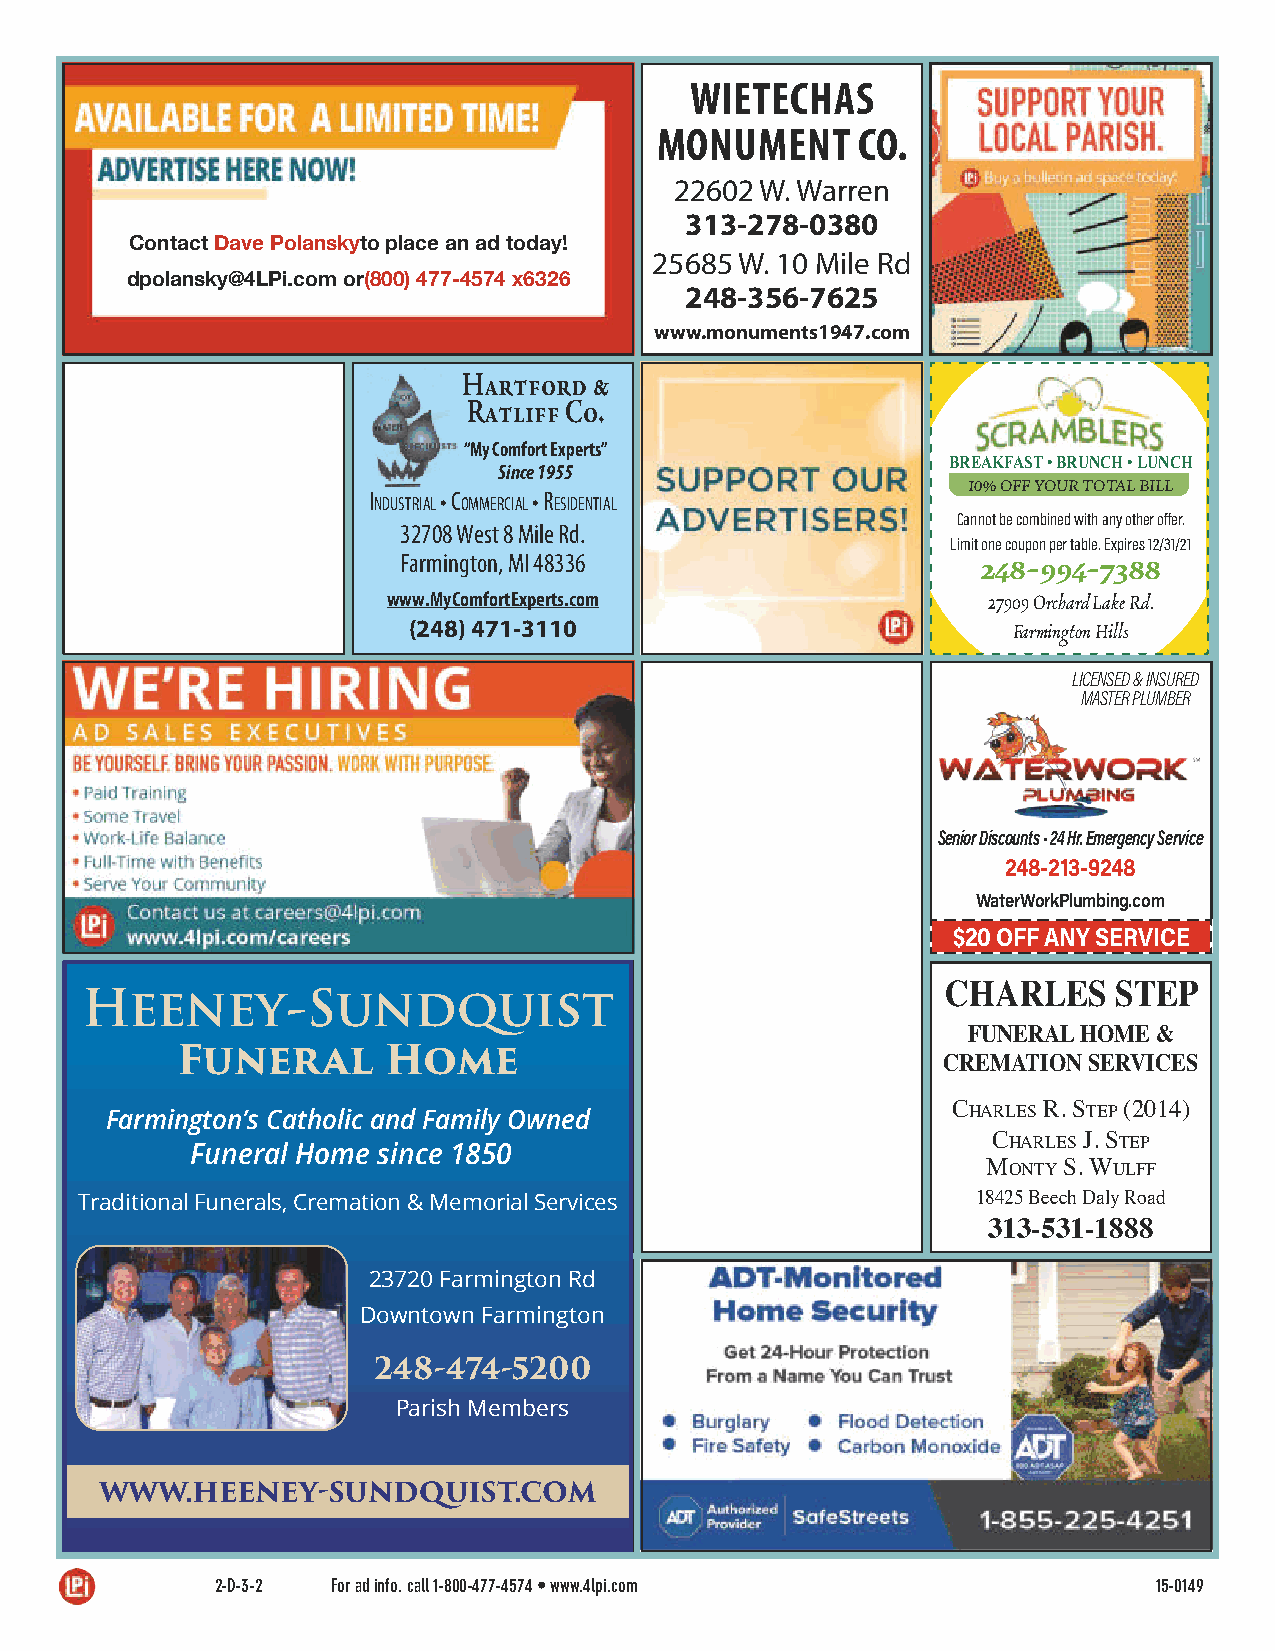
WIETECHAS
 MONUMENT      CO.
 22602 W. Warren
 313-278-0380
 Contact Dave Polanskyto place an ad today!
 25685 W. 10 Mile Rd
 dpolansky@4LPi.com or(800) 477-4574 x6326
 248-356-7625
 www.monuments1947.com
 Hartford &
 Ratliff Co.
 “My Comfort Experts”
 BREAKFAST • BRUNCH • LUNCH
 Since 1955
 10% OFF YOUR TOTAL BILL
 IndustrIal • CommerCIal • resIdentIal
 Cannot be combined with any other offer.
 32708 West 8 Mile Rd.
 Limit one coupon per table. Expires 12/31/21
 Farmington, MI 48336                  248-994-7388
 www.MyComfortExperts.com               27909 Orchard Lake Rd.
 (248) 471-3110                          Farmington Hills
 LICENSED & INSURED
 MASTER PLUMBER
 Senior Discounts • 24 Hr. Emergency Service
 248-213-9248
 WaterWorkPlumbing.com
 $20 OFF ANY SERVICE
 CHARLES    STEP
 Heeney-Sundquist
 FUNERAL HOME &
 Funeral      Home                                 CREMATION SERVICES
 Farmington’s Catholic and Family Owned
 Charles r. step (2014)
 Funeral Home since 1850
 Charles J. step
 Monty s. Wulff
 Traditional Funerals, Cremation & Memorial Services         18425 Beech Daly Road
 313-531-1888
 23720 Farmington Rd
 Downtown Farmington
 248-474-5200
 Parish Members
 WWW.HEENEY-SUNDQUIST.COM
 2-D-3-2 For ad info. call 1-800-477-4574 • www.4lpi.com        15-0149